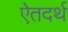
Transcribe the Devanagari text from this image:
ऐतदर्थ